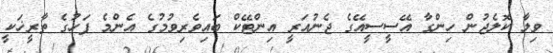
ވިލާ ކޮލެޖުން ހިންގާ އޭސީސީއޭގެ ޖެނުއަރީ އިންޓޭކް ބައިވެރިވުމުގެ އެންމެ ފަހުގެ ތާރީޚަކީ